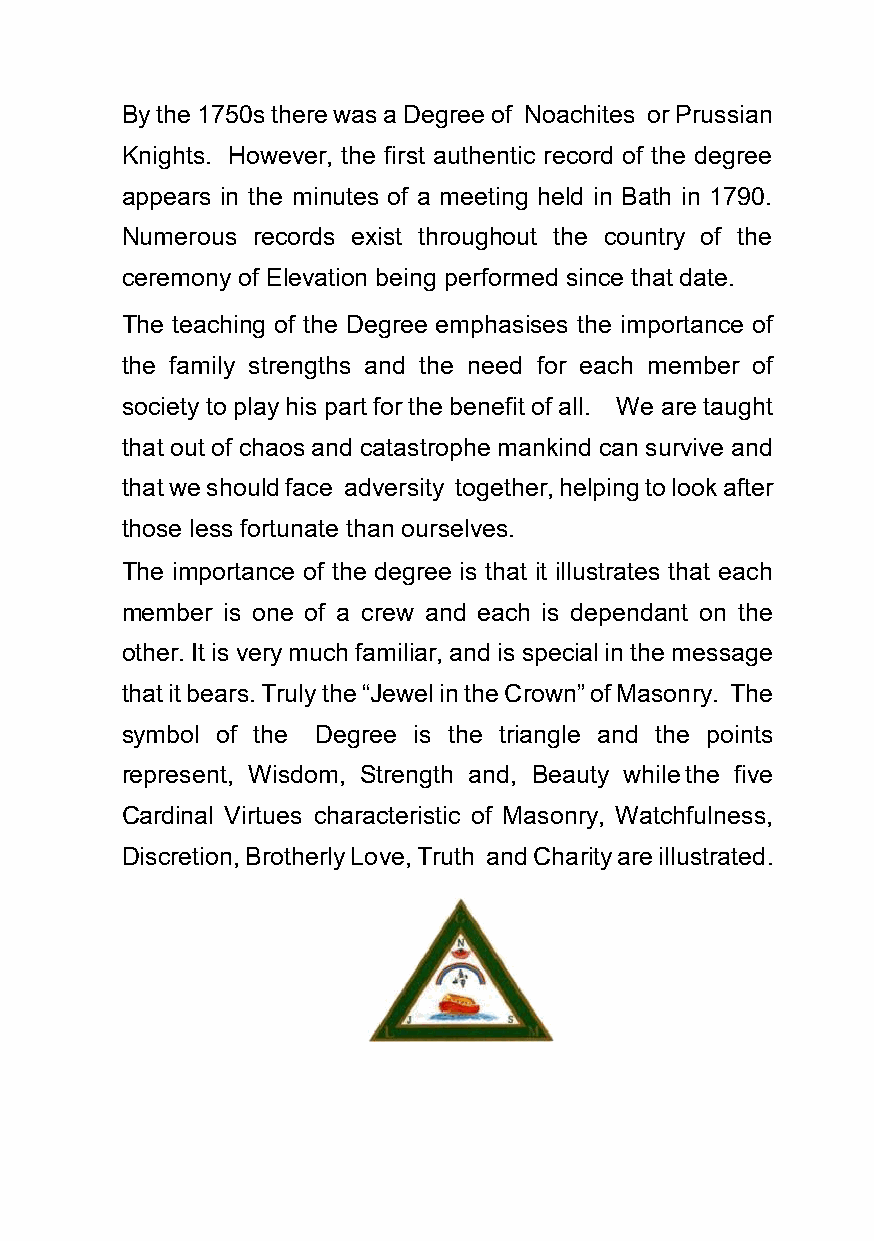
By the 1750s there was a Degree of Noachites or Prussian
 Knights. However, the first authentic record of the degree
 appears in the minutes of a meeting held in Bath in 1790.
 Numerous records exist throughout the country of the
 ceremony of Elevation being performed since that date.
 The teaching of the Degree emphasises the importance of
 the family strengths and the need for each member of
 society to play his part for the benefit of all. We are taught
 that out of chaos and catastrophe mankind can survive and
 that we should face adversity together, helping to look after
 those less fortunate than ourselves.
 The importance of the degree is that it illustrates that each
 member is one of a crew and each is dependant on the
 other. It is very much familiar, and is special in the message
 that it bears. Truly the “Jewel in the Crown” of Masonry. The
 symbol of the Degree is the triangle and the points
 represent, Wisdom, Strength and, Beauty while the five
 Cardinal Virtues characteristic of Masonry, Watchfulness,
 Discretion, Brotherly Love, Truth and Charity are illustrated.